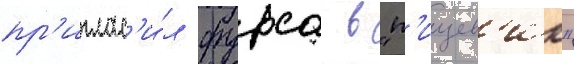
пр'иглас'и́л фурса в "п'ищев'ик"